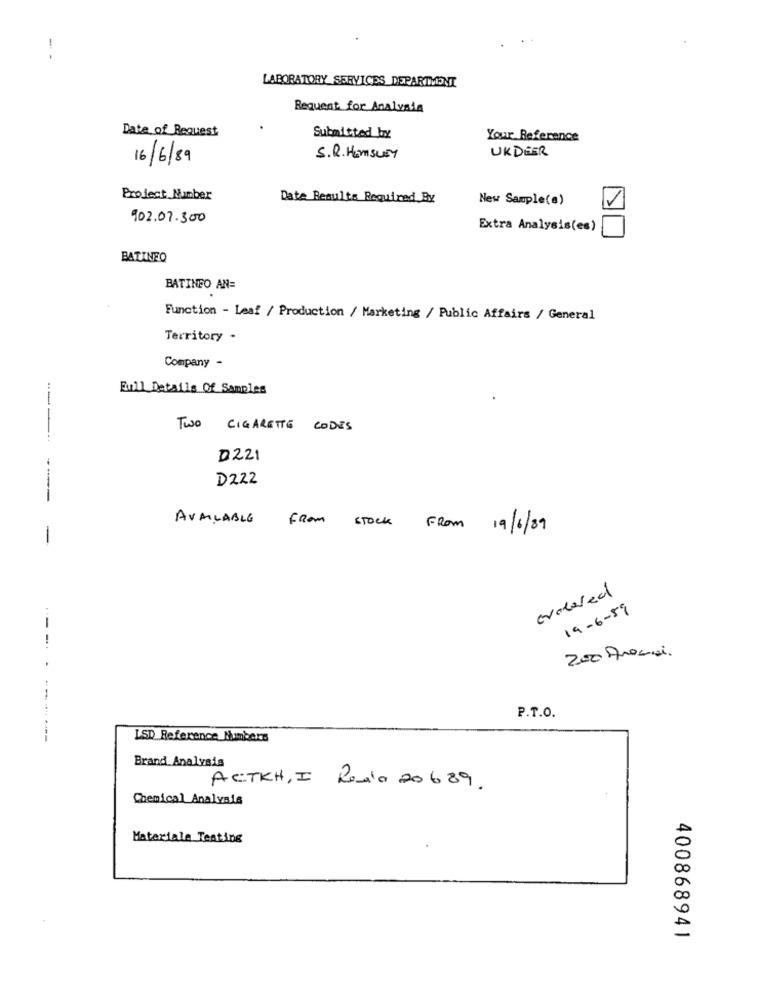
!
.
LABORATORY SERVICES DEPARTMENT
Request for Analysis
Date of Request
Submitted by
Your Reference
UKDEER
16/6/89
S.R. HEMSLEY
Project Number
Date Results Required By
New Sample(a)
902.07.300
Extra Analysis(es)
BATINEO
BATINFO AN=
Function - Leaf / Production / Marketing / Public Affairs / General
Territory -
Company -
Full Details Of Samples
TWO CIGARETTE CODES
D221
D222
-------
AVAILABLE
FROM STOCK
FROM 19/6/09
-
ovalared
19-6-59
-
200 Anossi.
--
P.T.O.
LSD Reference Numbers
Brand Analysis
ACTKH, I Rosa 20689.
Chemical Analysis
Materiale Testing
400868941